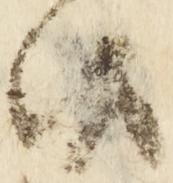
候